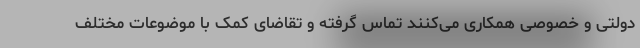
دولتی و خصوصی همکاری می‌کنند تماس گرفته و تقاضای کمک با موضوعات مختلف